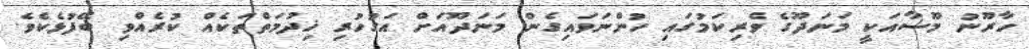
ހާރޫނު މޫސާއަކީ މަނަދޫގެ ވެރިކަމުގައި ހުންނަވައިގެން މަނަދޫއަށް އަގުހުރި ޚިދުމަތްތަކެއް ކުރެއްވި ބޭފުޅެކެވެ.